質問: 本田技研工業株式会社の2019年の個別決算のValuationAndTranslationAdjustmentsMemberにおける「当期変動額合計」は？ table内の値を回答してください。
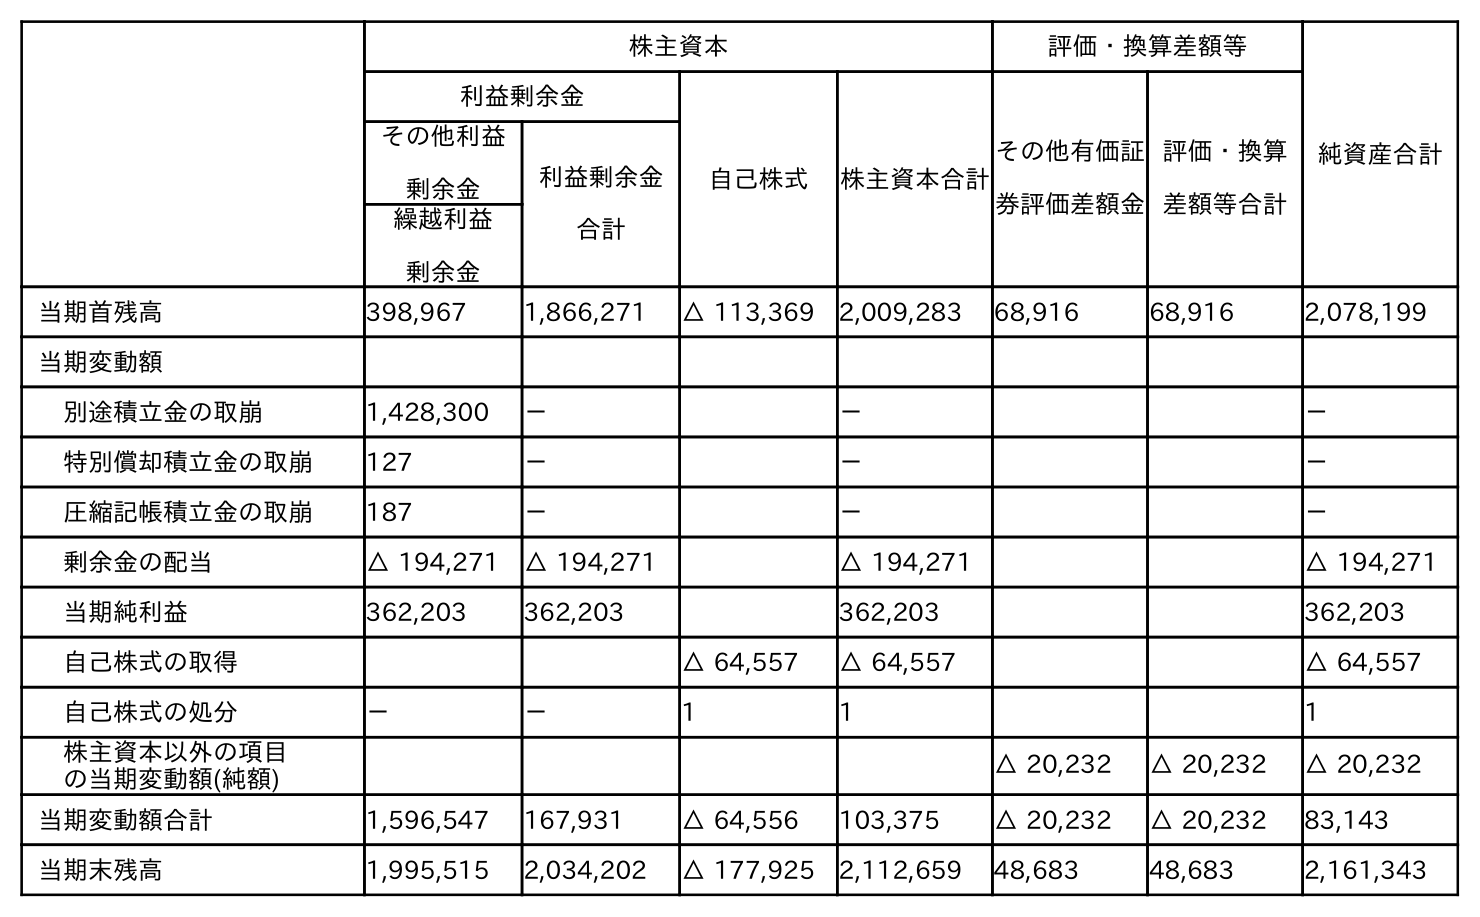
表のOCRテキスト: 株主資本 評価・換算差額等 純資産合計 利益剰余金 自己株式 株主資本合計 その他有価証 券評価差額金 評価・換算 差額等合計 その他利益 剰余金 利益剰余金 合計 繰越利益 剰余金 当期首残高 398,967 1,866,271 △ 113,369 2,009,283 68,916 68,916 2,078,199 当期変動額 別途積立金の取崩 1,428,300 － － － 特別償却積立金の取崩 127 － － － 圧縮記帳積立金の取崩 187 － － － 剰余金の配当 △ 194,271 △ 194,271 △ 194,271 △ 194,271 当期純利益 362,203 362,203 362,203 362,203 自己株式の取得 △ 64,557 △ 64,557 △ 64,557 自己株式の処分 － － 1 1 1 株主資本以外の項目 の当期変動額(純額) △ 20,232 △ 20,232 △ 20,232 当期変動額合計 1,596,547 167,931 △ 64,556 103,375 △ 20,232 △ 20,232 83,143 当期末残高 1,995,515 2,034,202 △ 177,925 2,112,659 48,683 48,683 2,161,343
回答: △20,232